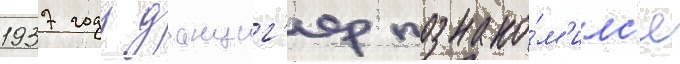
1937 году данциг'ер познако́м'илс'я